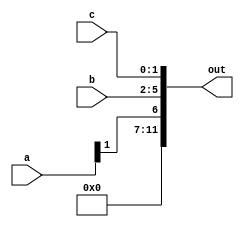
module concatenation_assign (
  input [3:0] a,
  input [3:0] b,
  input [1:0] c,
  output [11:0] out
);

assign out = {a[1], b, c};

endmodule